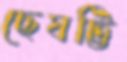
ছেষট্টি